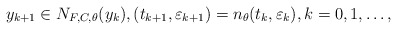
\begin{align*} y_{k+1}\in N_{F,C,\theta}(y_k) , ({t}_{k+1},\varepsilon_{k+1})=n_\theta({t}_k,\varepsilon_k) , k=0,1,\dots, \end{align*}